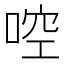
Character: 啌